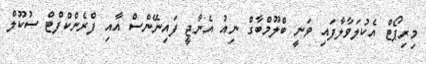
މިރިޕޯޓް އެކުލަވާލާފައި ވަނީ ބްލޫމްބާގް ނިއު އެނާޖީ ފައިނޭންސް އާއި ފްރެންކްފްޓް ސުކޫލް